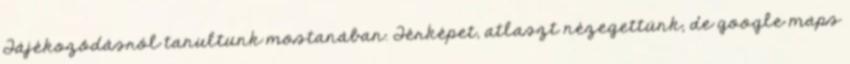
Tájékozódásról tanultunk mostanában. Térképet, atlaszt nézegettünk, de google maps